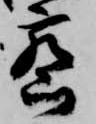
密